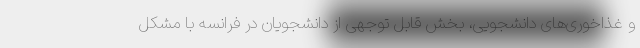
و غذاخوری‌های دانشجویی، بخش قابل توجهی از دانشجویان در فرانسه با مشکل